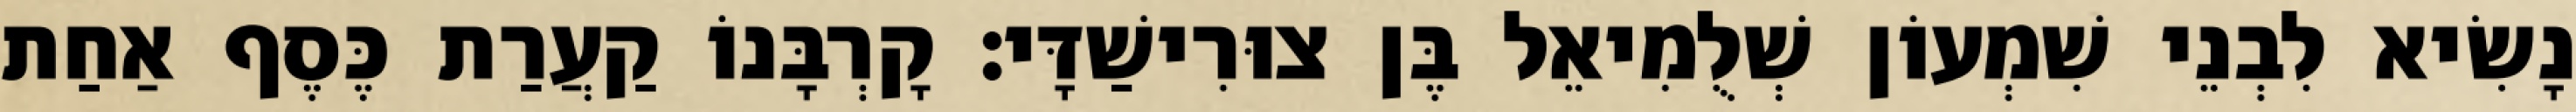
נָשִׂיא לִבְנֵי שִׁמְעוֹן שְׁלֻמִיאֵל בֶּן צוּרִישַׁדָּי׃ קָרְבָּנוֹ קַעֲרַת כֶּסֶף אַחַת